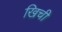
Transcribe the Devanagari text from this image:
खिची